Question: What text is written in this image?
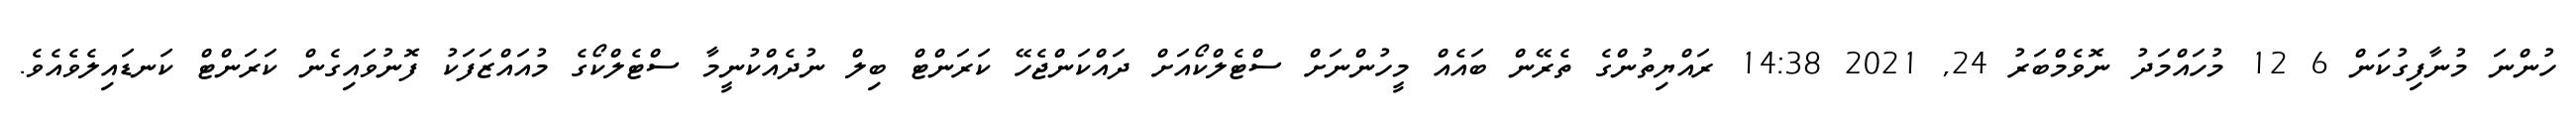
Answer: ހުންނަ މުނާފިގުކަން 6 12 މުހައްމަދު ނޮވެމްބަރު 24, 2021 14:38 ރައްޔިތުންގެ ތެރޭން ބައެއް މީހުންނަށް ސްޓެލްކޯއަށް ދައްކަންޖެހޭ ކަރަންޓް ބިލް ނުދެއްކުނީމާ ސްޓެލްކޯގެ މުއައްޒަފަކު ފޮނުވައިގެން ކަރަންޓް ކަނޑައިލެވެއެވެ.